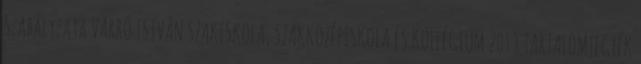
Szabályzata VARRÓ ISTVÁN SZAKISKOLA, SZAKKÖZÉPISKOLA ÉS KOLLÉGIUM 2013 TARTALOMJEGYÉK